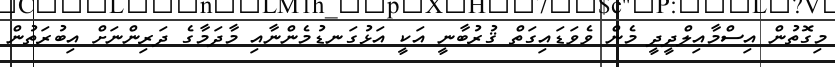
މިގޮތުން އިސްމާއިލްދީދީ މެން ވެވަޑައިގަތް ޤުރުބާނީ އަކީ އަޅުގަނޑުމެންނާއި މާދަމާގެ ދަރިންނަށް އިބުރަތުން